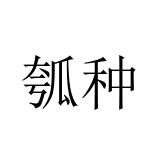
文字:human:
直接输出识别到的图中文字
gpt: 瓠种